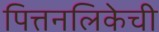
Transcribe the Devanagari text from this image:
पित्तनलिकेची